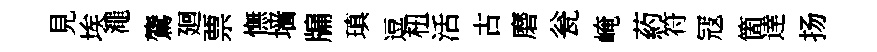
見埃澠鷟廻票憮墙牖瑱逗杻活古磨瓮崦葯符冦箇逹扬